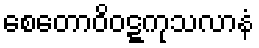
စေတောဝိဝဋ္ဋကုသလာနံ